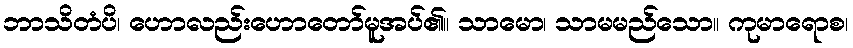
ဘာသိတံပိ၊ ဟောလည်းဟောတော်မူအပ်၏။ သာမော၊ သာမမည်သော။ ကုမာရောစ၊